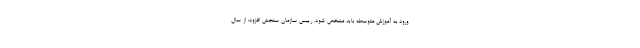
ورود به آموزش متوسطه باید مشخص شود. رییس سازمان سنجش افزود: از سال